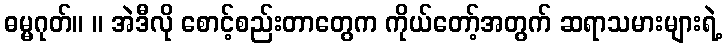
ဓမ္မဂုတ်။ ။ အဲဒီလို စောင့်စည်းတာတွေက ကိုယ်တော့်အတွက် ဆရာသမားများရဲ့